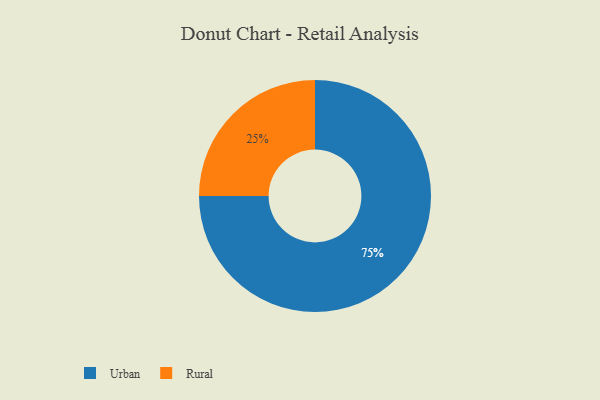
{"axis": {"x": "Category", "y": "Percentage"}, "legend": ["Rural", "Urban"], "data": [{"x": "Urban", "y": 75, "type": "Urban"}, {"x": "Rural", "y": 25, "type": "Rural"}]}